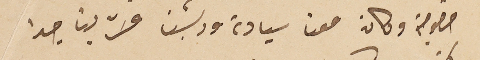
خصوصية وكان معنا سيادته وريسنا فسَرّ بنا جدا